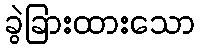
ခွဲခြားထားသော